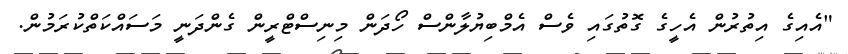
"އެއިގެ އިތުރުން އެހީގެ ގޮތުގައި ވެސް އެމްބިޔުލާންސް ހޯދަން މިނިސްޓްރީން ގެންދަނީ މަސައްކަތްކުރަމުން.